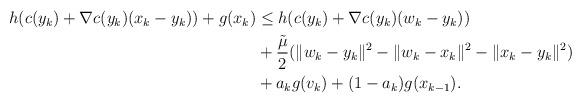
LaTeX: \begin{align*}\begin{aligned}h(c(y_k)+\nabla c(y_k)(x_k-y_k))+g(x_k)&\leq h(c(y_k)+\nabla c(y_k)(w_k-y_k))\\&+\frac{\tilde\mu}{2}(\|w_k-y_k\|^2-\|w_k-x_k\|^2-\|x_k-y_k\|^2)\\&+a_kg(v_k)+(1-a_k)g(x_{k-1}).\end{aligned}\end{align*}